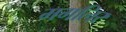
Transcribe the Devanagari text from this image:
मगलिर